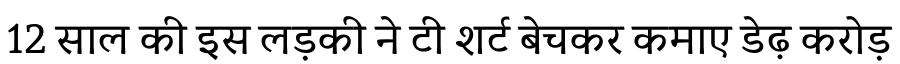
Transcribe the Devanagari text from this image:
12 साल की इस लड़की ने टी शर्ट बेचकर कमाए डेढ़ करोड़